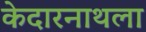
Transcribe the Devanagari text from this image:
केदारनाथला